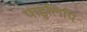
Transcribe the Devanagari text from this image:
पाडुलिपि